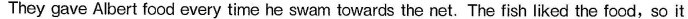
They gave Albert food every time he swam towards the net. The fish liked the food,so it